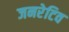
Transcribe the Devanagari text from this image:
जनरेटिव